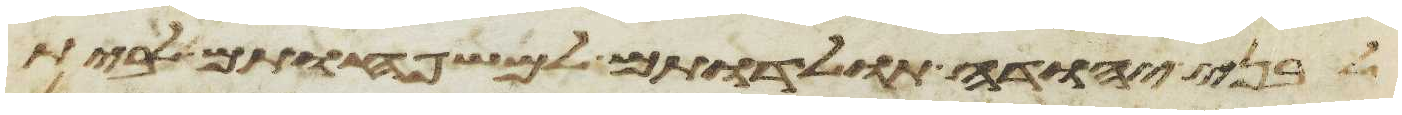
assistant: לבני יהודה תולדתם למשפחותם לבית